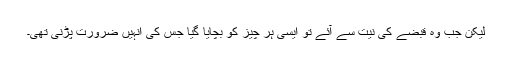
لیکن جب وہ قبضے کی نیت سے آئے تو ایسی ہر چیز کو بچایا گیا جس کی انہیں ضرورت پڑنی تھی۔